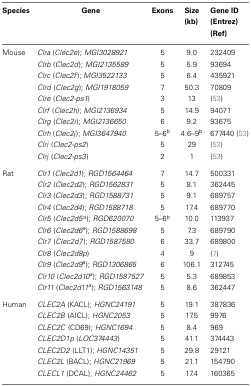
<table><thead><tr><td><b>Species</b></td><td><b>Gene</b></td><td><b>Exons</b></td><td><b>Size (kb)</b></td><td><b>Gene ID (Entrez) (Ref)</b></td></tr></thead><tbody><tr><td>Mouse</td><td><i>Clra</i> (<i>Clec2e</i>); <i>MGI3028921</i></td><td>5</td><td>9.0</td><td>232409</td></tr><tr><td></td><td><i>Clrb</i> (<i>Clec2d</i>); <i>MGI2135589</i></td><td>5</td><td>5.9</td><td>93694</td></tr><tr><td></td><td><i>Clrc</i> (<i>Clec2f</i>); <i>MGI3522133</i></td><td>5</td><td>6.4</td><td>435921</td></tr><tr><td></td><td><i>Clrd</i> (<i>Clec2g</i>); <i>MGI1918059</i></td><td>7</td><td>50.3</td><td>70809</td></tr><tr><td></td><td><i>Clre</i> (<i>Clec2-ps1</i>)</td><td>3</td><td>13</td><td>(53)</td></tr><tr><td></td><td><i>Clrf</i> (<i>Clec2h</i>); <i>MGI2136934</i></td><td>5</td><td>14.9</td><td>94071</td></tr><tr><td></td><td><i>Clrg</i> (<i>Clec2i</i>); <i>MGI2136650</i></td><td>6</td><td>9.2</td><td>93675</td></tr><tr><td></td><td><i>Clrh</i> (<i>Clec2j</i>); <i>MGI3647940</i></td><td>5–6<sup>b</sup></td><td>4.6–9<sup>b</sup></td><td>677440 (53)</td></tr><tr><td></td><td><i>Clri</i> (<i>Clec2-ps2</i>)</td><td>5</td><td>29</td><td>(53)</td></tr><tr><td></td><td><i>Clrj</i> (<i>Clec2-ps3</i>)</td><td>2</td><td>1</td><td>(53)</td></tr><tr><td>Rat</td><td><i>Clr1</i> (<i>Clec2d1</i>); <i>RGD1564464</i></td><td>7</td><td>14.7</td><td>500331</td></tr><tr><td></td><td><i>Clr2</i> (<i>Clec2d2</i>); <i>RGD1562831</i></td><td>5</td><td>8.1</td><td>362445</td></tr><tr><td></td><td><i>Clr3</i> (<i>Clec2d3</i>); <i>RGD1588731</i></td><td>5</td><td>9.1</td><td>689757</td></tr><tr><td></td><td><i>Clr4</i> (<i>Clec2d4</i>); <i>RGD1588718</i></td><td>5</td><td>17.4</td><td>689770</td></tr><tr><td></td><td><i>Clr5</i> (<i>Clec2d5</i><sup>a</sup>); <i>RGD620070</i></td><td>5–6<sup>b</sup></td><td>10.0</td><td>113937</td></tr><tr><td></td><td><i>Clr6</i> (<i>Clec2d6<sup>a</sup></i>); <i>RGD1588698</i></td><td>5</td><td>7.3</td><td>689790</td></tr><tr><td></td><td><i>Clr7</i> (<i>Clec2d7</i>); <i>RGD1587580</i></td><td>6</td><td>33.7</td><td>689800</td></tr><tr><td></td><td><i>Clr8</i> (<i>Clec2d8p</i>)</td><td>4</td><td>9</td><td>(7)</td></tr><tr><td></td><td><i>Clr9</i> (<i>Clec2d9<sup>a</sup></i>); <i>RGD1306865</i></td><td>6</td><td>106.1</td><td>312745</td></tr><tr><td></td><td><i>Clr10</i> (<i>Clec2d10<sup>a</sup></i>); <i>RGD1587527</i></td><td>5</td><td>5.3</td><td>689853</td></tr><tr><td></td><td><i>Clr11</i> (<i>Clec2d11<sup>a</sup></i>); <i>RGD1563148</i></td><td>5</td><td>8.6</td><td>362447</td></tr><tr><td>Human</td><td><i>CLEC2A</i> (KACL); <i>HGNC24191</i></td><td>5</td><td>19.1</td><td>387836</td></tr><tr><td></td><td><i>CLEC2B</i> (AICL); <i>HGNC2053</i></td><td>5</td><td>17.5</td><td>9976</td></tr><tr><td></td><td><i>CLEC2C</i> (CD69); <i>HGNC1694</i></td><td>5</td><td>8.4</td><td>969</td></tr><tr><td></td><td><i>CLEC2D1p</i> (<i>LOC374443</i>)</td><td>5</td><td>41.1</td><td>374443</td></tr><tr><td></td><td><i>CLEC2D2</i> (LLT1); <i>HGNC14351</i></td><td>5</td><td>29.8</td><td>29121</td></tr><tr><td></td><td><i>CLEC2L</i> (BACL); <i>HGNC21969</i></td><td>5</td><td>21.1</td><td>154790</td></tr><tr><td></td><td><i>CLECL1</i> (DCAL); <i>HGNC24462</i></td><td>5</td><td>17.4</td><td>160365</td></tr></tbody></table>